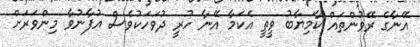
އޭނާގެ ރޭވުންތައް ކާމިޔާބު ވީތީ އެކަމާ އޭނާ ހުރީ ދުވަހަކުވެސް އުފާނުވާ މިންވަރަށް